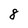
Character: 8